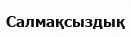
Салмақсыздық